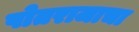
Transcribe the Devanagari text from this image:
पोतराजाचा